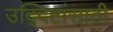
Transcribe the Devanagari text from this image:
उद्‍दिष्टांसाठी